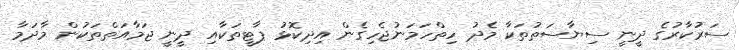
ސަރުކާރުގެ ދީނީ ސިޔާސަތުތަކާ މެދު ހިތްހަމަނުޖެހިގެން އިދިކޮޅު ޕާޓީތަކާއި ދީނީ ޖަމާއަތްތަކުން މާދަމާ